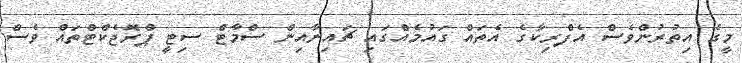
މީގެ އިތުރުންވެސް އެފްރިކާގެ އެތައް ގައުމެއްގައި ޗައިނާއިން ސްމާޓް ސިޓީ ޕްރޮޖެކްޓްތައް ވެސް